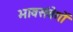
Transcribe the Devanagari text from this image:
भावसंवेगों